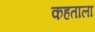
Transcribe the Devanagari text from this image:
कहताला